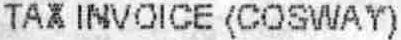
TAX INVOICE (COSWAY)